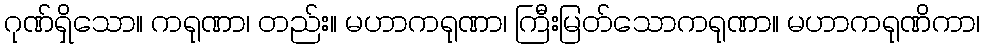
ဂုဏ်ရှိသော။ ကရုဏာ၊ တည်း။ မဟာကရုဏာ၊ ကြီးမြတ်သောကရုဏာ။ မဟာကရုဏိကာ၊